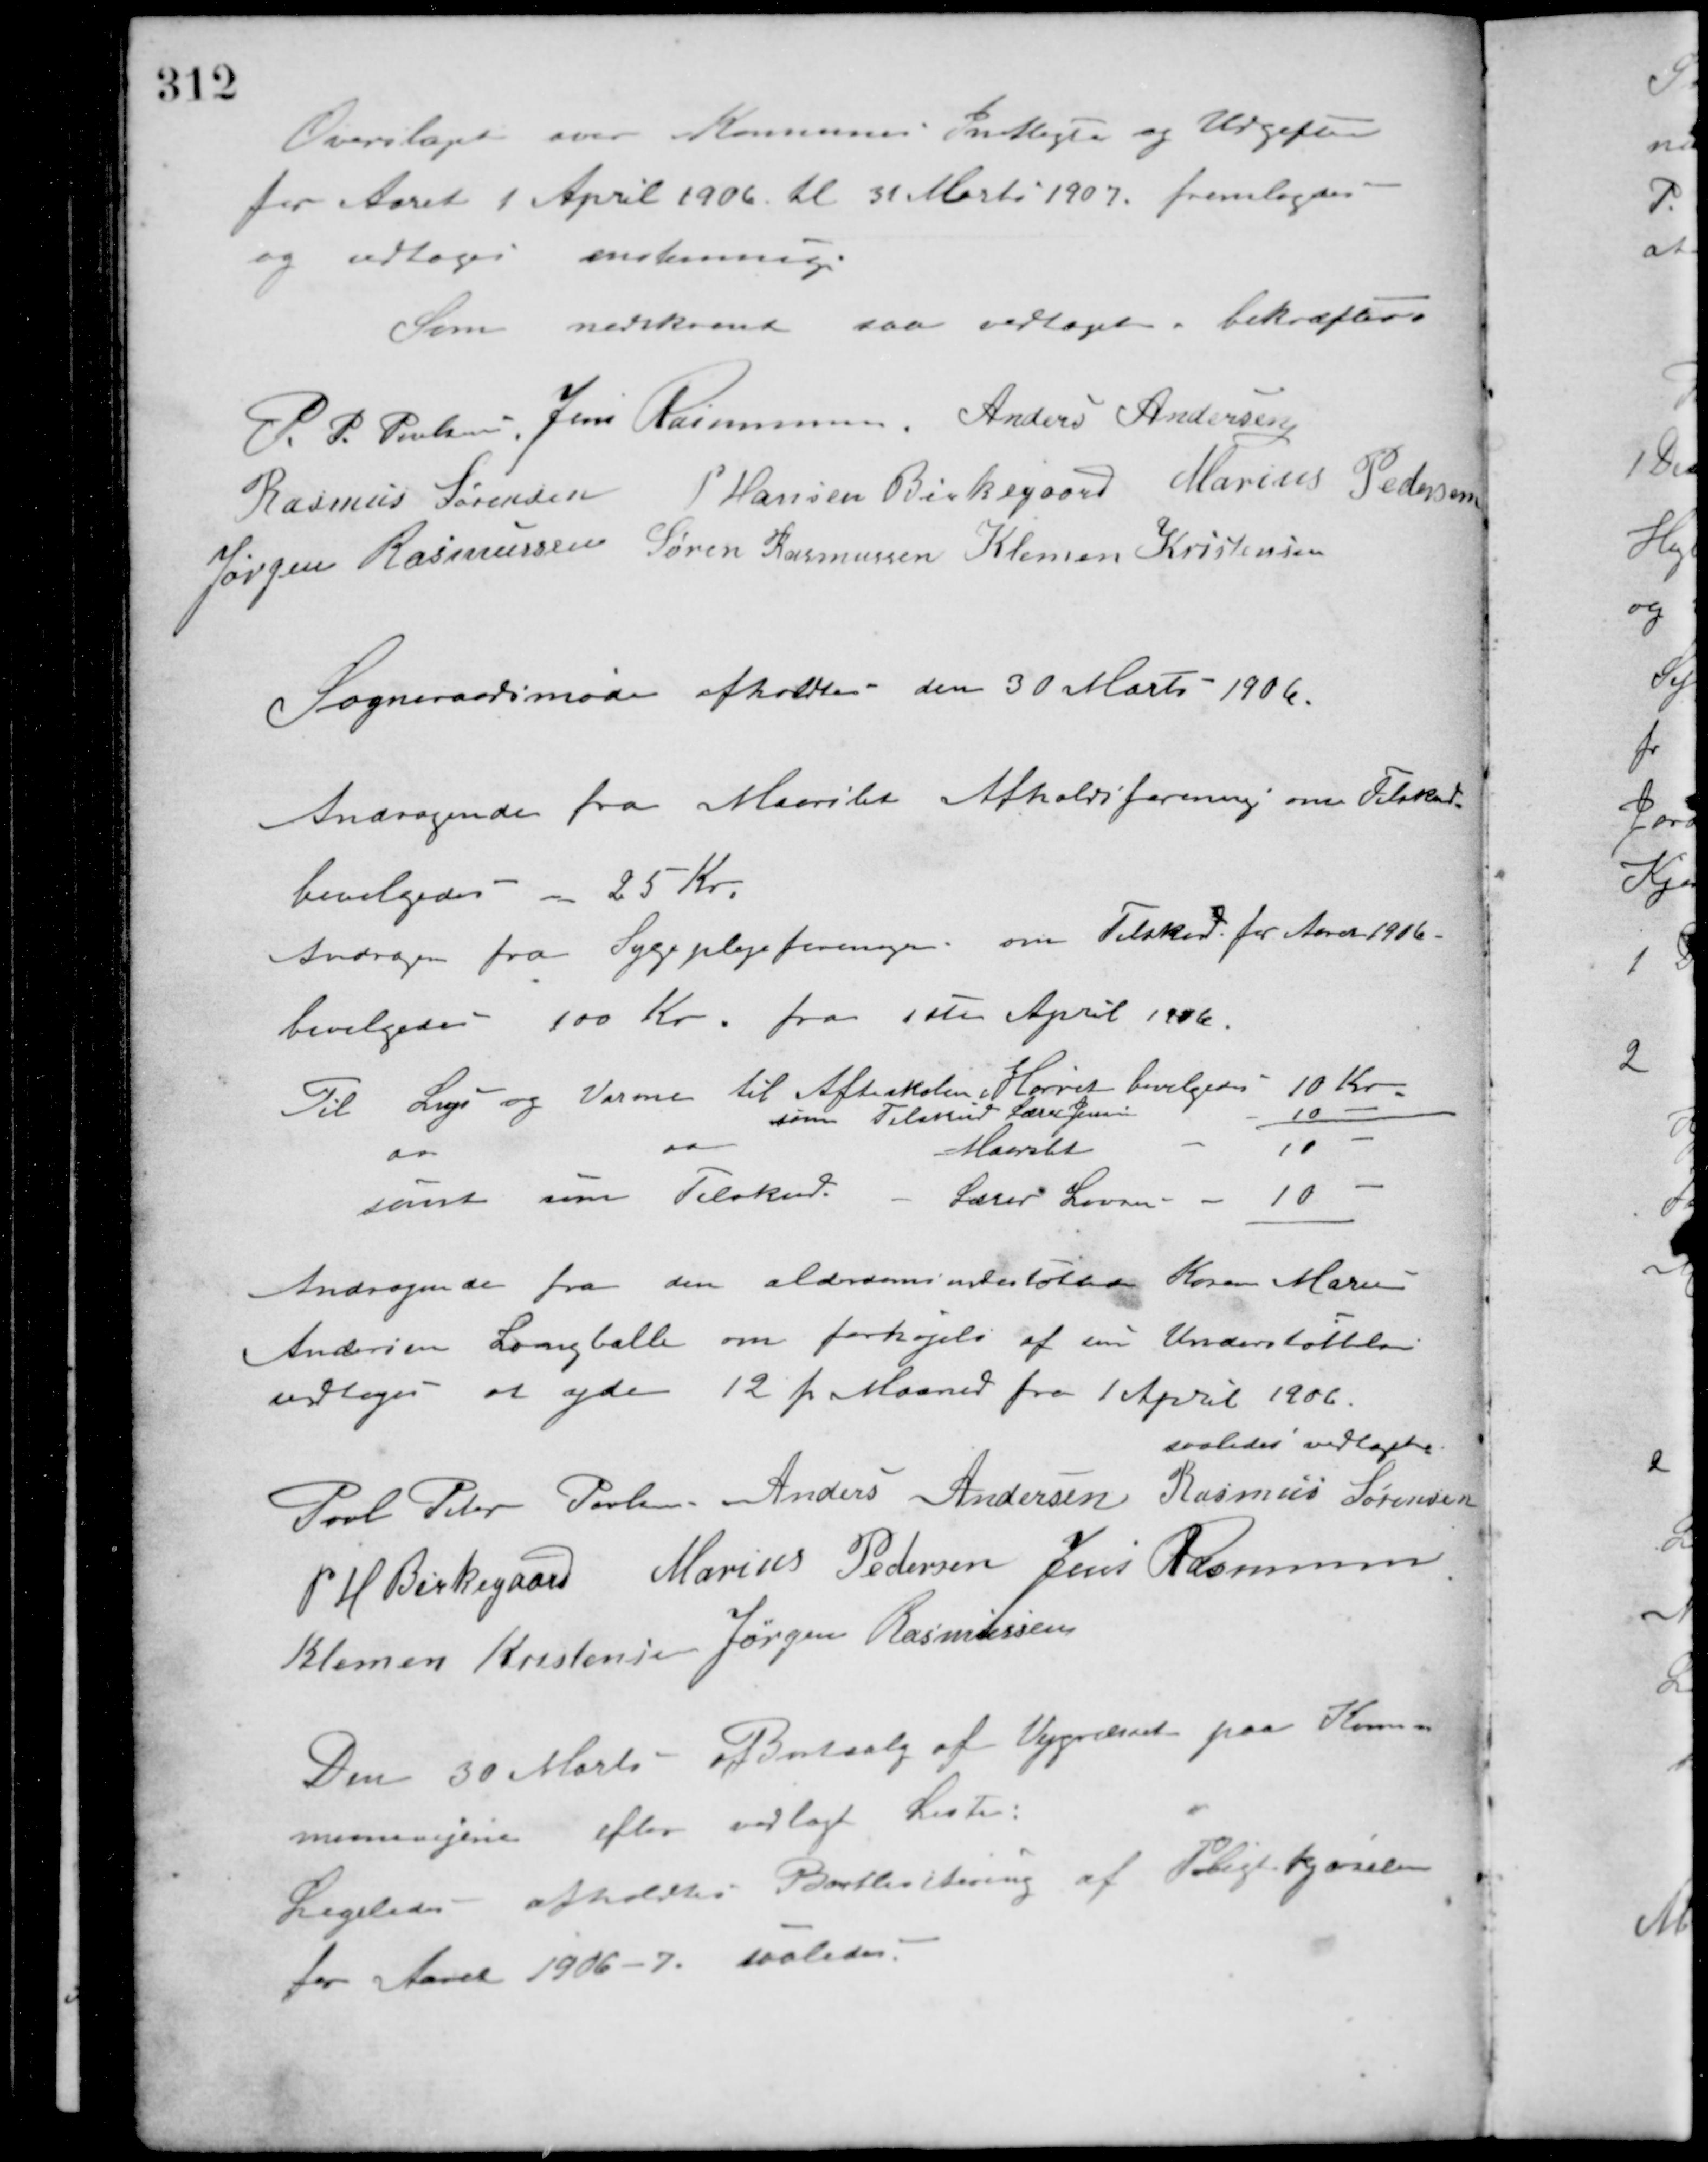
Transskription:
Overslaget over Kommunens Indtægter og Udgifter
for Aaret 1 April 1906. til 31 Marts 1907 fremlagdes
og vedtoges enstemmig.
Som nedskrevet saa vedtaget, bekræftes
P. P. Poulsen Jens Rasmussen Anders Andersen
Rasmus Sørensen P. Hansen Birkegaard Marius Pedersen
Jørgen Rasmussen Søren Rasmussen Klemen Kristensen
Sogneraadsmøde afholdtes den 30 Marts 1906.
Andragende fra Maarslet Afholdsforening om Tilskud
bevilgedes - 25 Kr.
Andragen fra Sygeplejeforeningen om Tilskud for Aaret 1906.
bevilgedes 100 Kr. fra 1ste April 1906.
Til Lys og Varme til Afteskolen i Hørret bevilgedes 10 Kr.
som Tilskud Lærer Jensen 10 -
do do Maarslet - 10 -
samt som Tilskud. - Lærer Larsen - 10 -
Andragende fra den alderdomsundestøttede Karen Marie
Andersen Langballe om forhøjelse af sin Understøttelse
vedtoges at yde 12 pr. Maaned fra 1 April 1906.
saaledes vedtaget
Poul Peter Poulsen Anders Andersen Rasmus Sørensen
P. H. Birkegaard Marius Pedersen Jens Rasmussen
Klemen Kristensen Jørgen Rasmussen
Den 30 Marts Bortsalg af Vejgræsset paa Kom-
munevejene efter vedlagte Lister.
Ligeledes afholdtes Bortlicitering af Pligtkjørslen
for Aaret 1906-7. saaledes